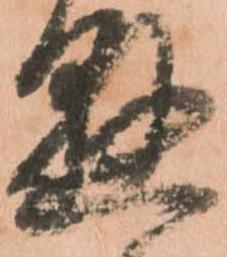
懸